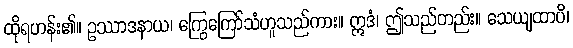
ထိုရဟန်း၏။ ဥဿာဒနာယ၊ ကြွေကြော်သံဟူသည်ကား။ ဣဒံ၊ ဤသည်တည်း။ သေယျထာပိ၊